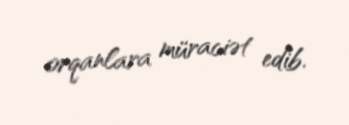
orqanlara müraciət edib.